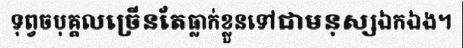
ទុព្វចបុគ្គលច្រើនតែធ្លាក់ខ្លួនទៅជាមនុស្សឯកឯង។